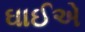
ઘાઈએ